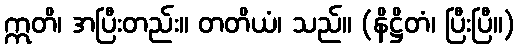
ဣတိ၊ အပြီးတည်း။ တတိယံ၊ သည်။ (နိဋ္ဌိတံ၊ ပြီးပြီ။)